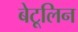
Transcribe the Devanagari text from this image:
बेटूलिन